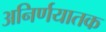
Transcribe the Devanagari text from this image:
अनिर्णयातक